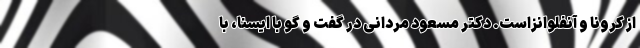
از کرونا و آنفلوانزاست. دکتر مسعود مردانی در گفت و گو با ایسنا، با